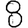
Digit: 8